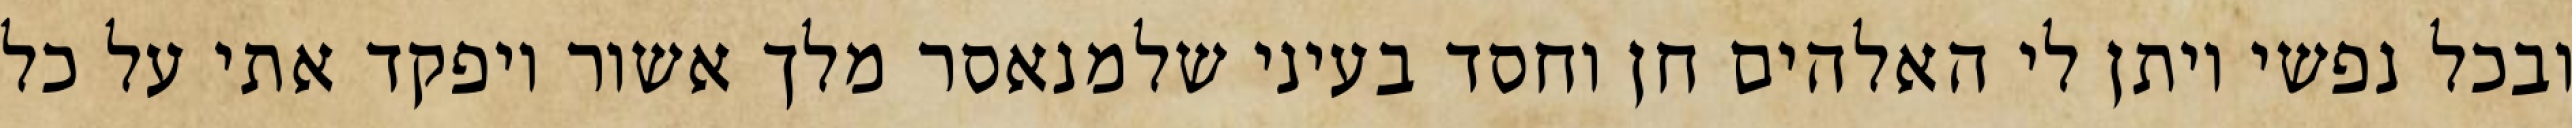
ובכל נפשי ויתן לי האלהים חן וחסד בעיני שלמנאסר מלך אשור ויפקד אתי על כל